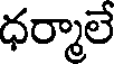
ధర్మాలే